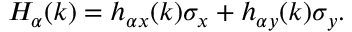
H _ { \alpha } ( k ) = h _ { \alpha x } ( k ) \sigma _ { x } + h _ { \alpha y } ( k ) \sigma _ { y } .